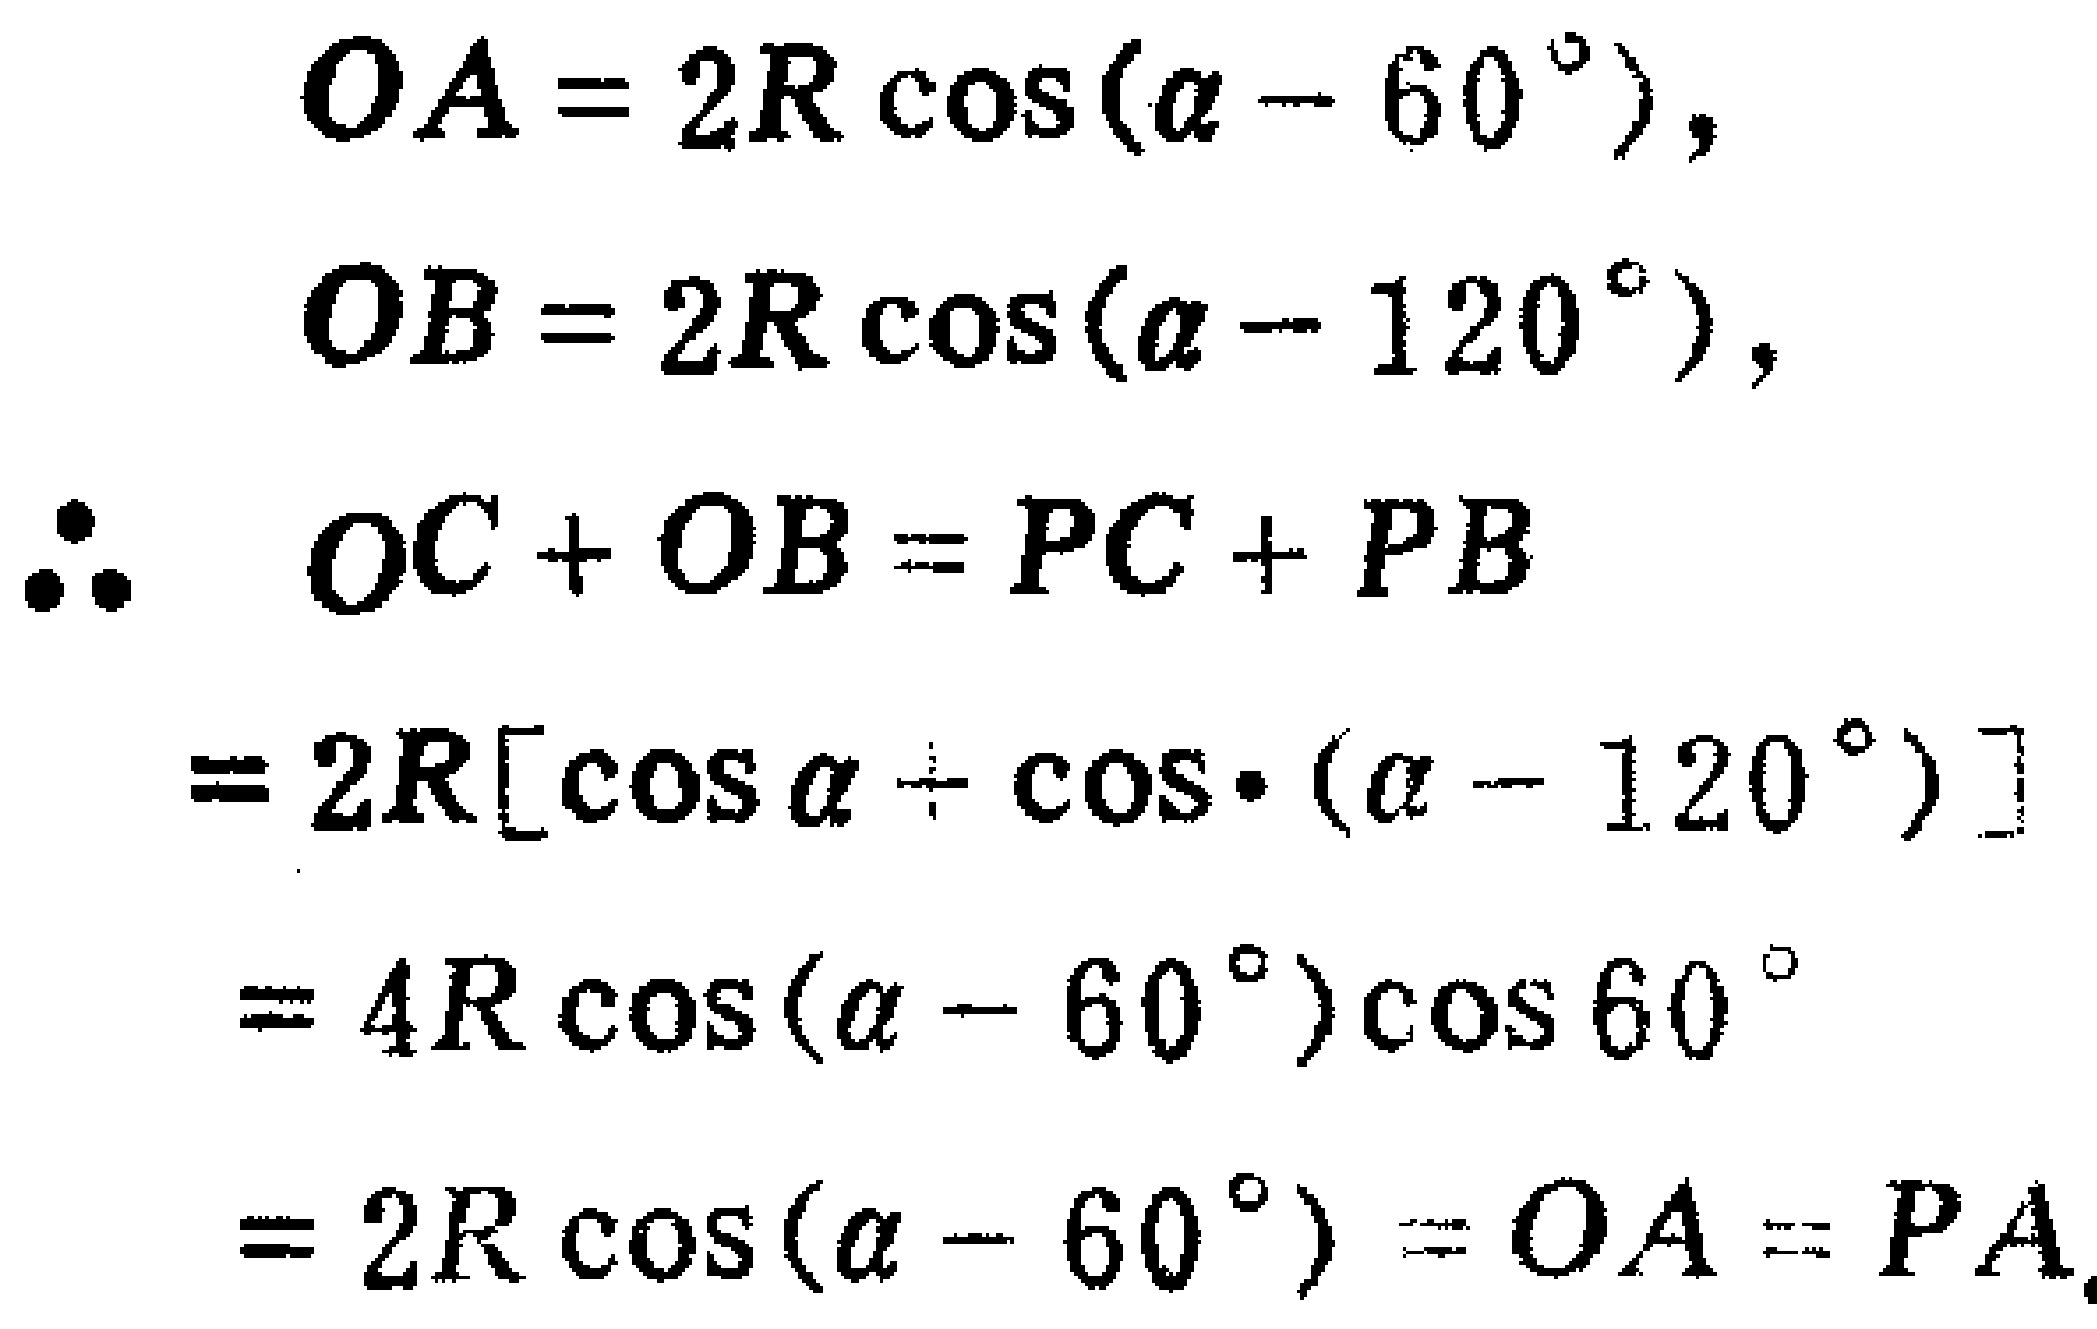
\[
\begin{align*}
OA&=2R\cos(\alpha - 60^{\circ}),\\
OB&=2R\cos(\alpha - 120^{\circ}),\\
\therefore\ OC + OB&=PC + PB\\
&=2R[\cos\alpha+\cos(\alpha - 120^{\circ})]\\
&=4R\cos(\alpha - 60^{\circ})\cos60^{\circ}\\
&=2R\cos(\alpha - 60^{\circ}) = OA = PA.
\end{align*}
\]